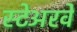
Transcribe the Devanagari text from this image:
स्टेअरवे